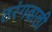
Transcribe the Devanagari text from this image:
तरंगवाली